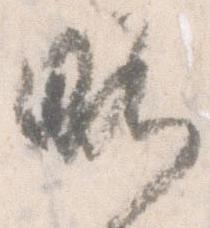
略